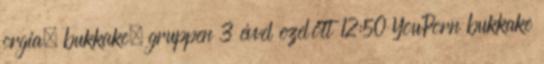
orgia, bukkake, gruppen 3 évvel ezelőtt 12:50 YouPorn bukkake